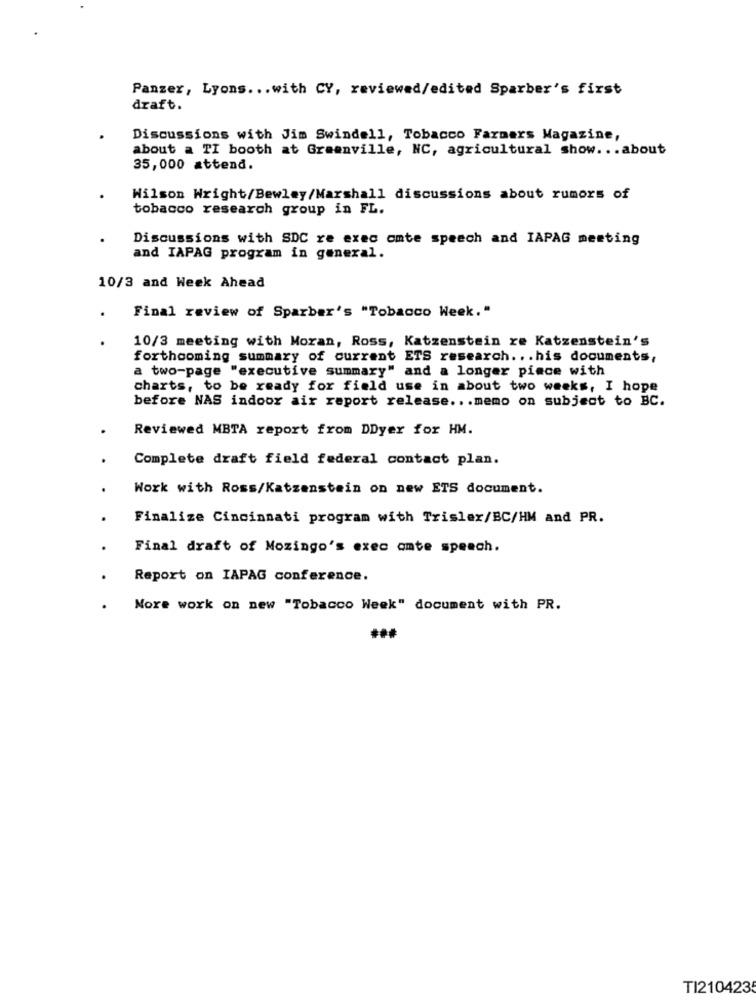
Panzer, Lyons ... with CY, reviewed/edited Sparber's first
draft.
Discussions with Jim Swindell, Tobacco Farmers Magazine,
about a TI booth at Greenville, NC, agricultural show ... about
35,000 attend.
Wilson Wright/Bewley/Marshall discussions about rumors of
tobacco research group in FL.
Discussions with SDC re exec omte speech and IAPAG meeting
and IAPAG program in general.
10/3 and Week Ahead
Final review of Sparber's "Tobacco Week."
10/3 meeting with Moran, Ross, Katzenstein re Katzenstein's
forthcoming summary of current ETS research ... his documents,
a two-page "executive summary" and a longer piace with
charts, to be ready for field use in about two weeks, I hope
before NAS indoor air report release ... memo on subject to BC.
Reviewed MBTA report from DDyer for HM.
Complete draft field federal contact plan.
Work with Ross/Katzenstein on new ETS document.
Finalize Cincinnati program with Trislex/BC/HM and PR.
Final draft of Mozingo's exec omte speech.
Report on IAPAG conference.
Nore work on new "Tobacco Week" document with PR.
TI210423